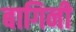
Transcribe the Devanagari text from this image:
बागिनी